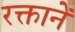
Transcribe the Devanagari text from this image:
रक्तानें